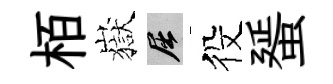
栢嶽屈役蜑